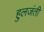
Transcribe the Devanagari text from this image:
हुलजंती